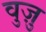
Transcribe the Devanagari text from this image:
वुज़ु